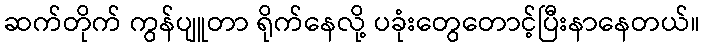
ဆက်တိုက် ကွန်ပျူတာ ရိုက်နေလို့ ပခုံးတွေတောင့်ပြီးနာနေတယ်။